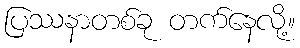
ပြဿနာတစ်ခု တက်နေလို့။